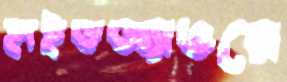
হাইডঅ্যাওয়ে